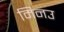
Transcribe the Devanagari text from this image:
मिनउ